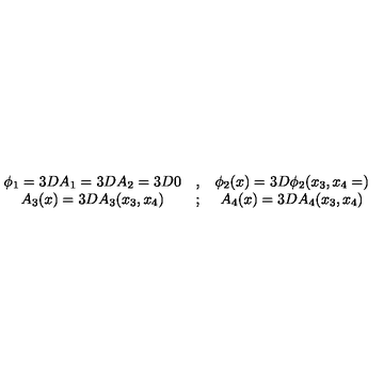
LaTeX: \begin{array} { c c c } { \phi _ { 1 } = 3 D A _ { 1 } = 3 D A _ { 2 } = 3 D 0 } & { , } & { \phi _ { 2 } ( x ) = 3 D \phi _ { 2 } ( x _ { 3 } , x _ { 4 } = ) } \\ { A _ { 3 } ( x ) = 3 D A _ { 3 } ( x _ { 3 } , x _ { 4 } ) } & { ; } & { A _ { 4 } ( x ) = 3 D A _ { 4 } ( x _ { 3 } , x _ { 4 } ) } \\ \end{array}